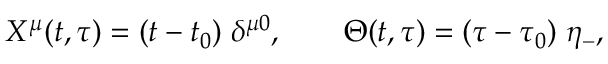
X ^ { \mu } ( t , \tau ) = ( t - t _ { 0 } ) \; \delta ^ { \mu 0 } , \quad \quad \Theta ( t , \tau ) = ( \tau - \tau _ { 0 } ) \; \eta _ { - } ,